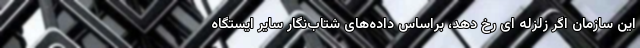
این سازمان اگر زلزله ای رخ دهد، براساس داده‌های شتاب‌نگار سایر ایستگاه